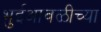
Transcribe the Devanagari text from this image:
भुईआवळीच्या